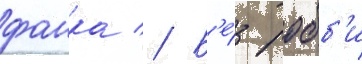
фанка // Б'е́з робб'и